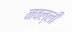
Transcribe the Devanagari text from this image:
नवल्ली